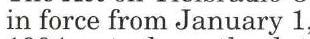
in force from January 1.